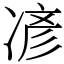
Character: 𫝏